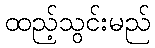
ထည့်သွင်းမည်